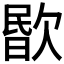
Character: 𣣤